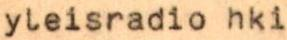
yleisradio hki